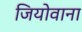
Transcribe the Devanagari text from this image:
जियोवाना